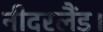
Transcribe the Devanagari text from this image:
नीदरलैंड।